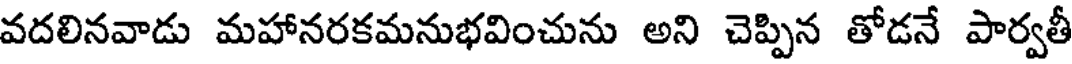
వదలినవాడు మహానరకమనుభవించును అని చెప్పిన తోడనే పార్వతీ